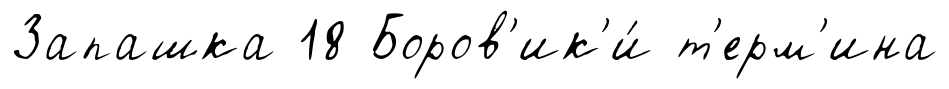
Запашка 18 Боров'ик'и́ т'ерм'ина